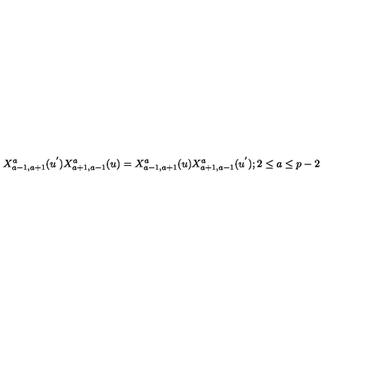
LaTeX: X _ { a - 1 , a + 1 } ^ { a } ( u ^ { ' } ) X _ { a + 1 , a - 1 } ^ { a } ( u ) = X _ { a - 1 , a + 1 } ^ { a } ( u ) X _ { a + 1 , a - 1 } ^ { a } ( u ^ { ' } ) ; 2 \leq a \leq p - 2